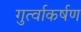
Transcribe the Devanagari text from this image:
गुर्त्वाकर्षण